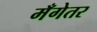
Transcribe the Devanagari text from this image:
मँगेतर